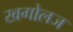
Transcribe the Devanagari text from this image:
खगोलज